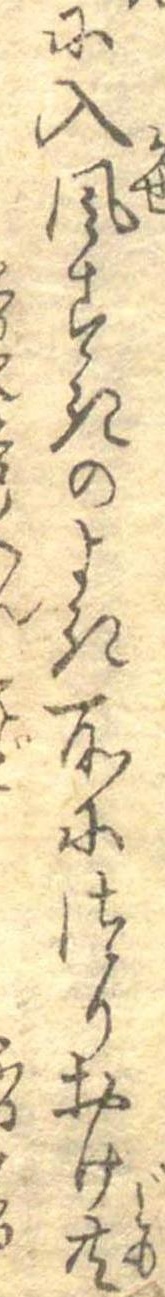
に入風すきのよき所につりおけ共